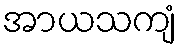
အာယသကျံ